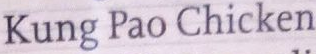
Kung Pao Chicken